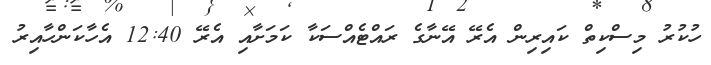
ހުކުރު މިސްކިތް ކައިރިން އެރޭ އޭނާގެ ރައްޓެއްސަކާ ކަމަށާއި އެރޭ 12:40 އެހާކަންހާއިރު